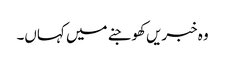
وہ خبریں کھوجنے میں کہاں۔